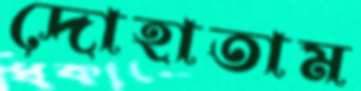
দোহাতাম